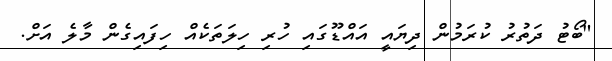
"ބޯޓު ދަތުރު ކުރަމުން ދިޔައީ އައްޑޫގައި ހުރި ހިލަތަކެއް ހިފައިގެން މާލެ އަށް.